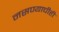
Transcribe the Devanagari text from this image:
नसण्याचीही